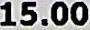
15.00